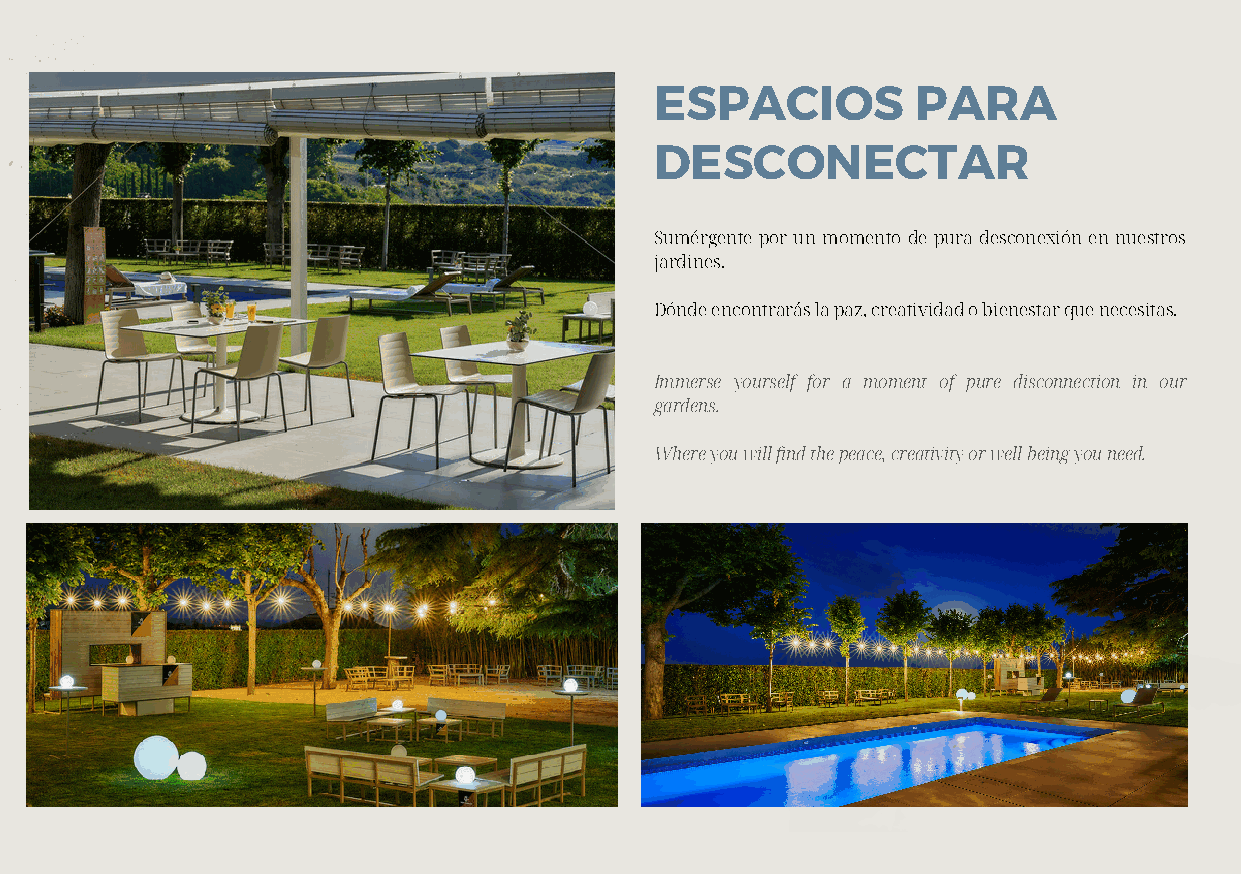
ESPACIOS          PARA
 DESCONECTAR
 Sumérgente por un momento de pura desconexión en nuestros
 jardines.
 Dónde encontrarás la paz, creatividad o bienestar que necesitas.
 Immerse yourself for a moment of pure disconnection in our
 gardens.
 Where you will find the peace, creativity or well-being you need.